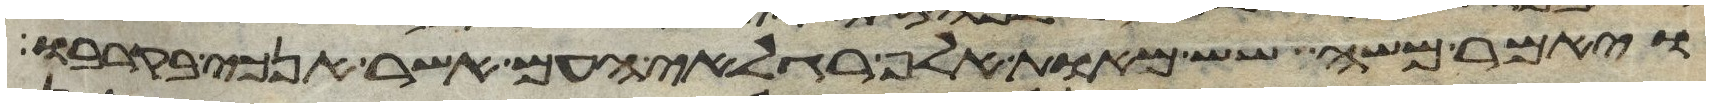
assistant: ויאמר משה שש מאות אלף רגלאי העם אשר אנכי בקרבו